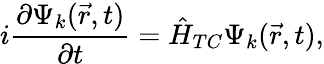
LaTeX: i\frac{\partial\Psi_{k}(\vec{r},t)}{\partial t}=\hat{H}_{TC}\Psi_{k}(\vec{r},t),